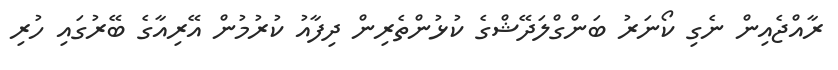
ރާއްޖެއިން ނެގި ކޯނަރު ބަންގްލަދޭޝްގެ ކުޅުންތެރިން ދިފާއު ކުރުމުން އޭރިއާގެ ބޭރުގައި ހުރި